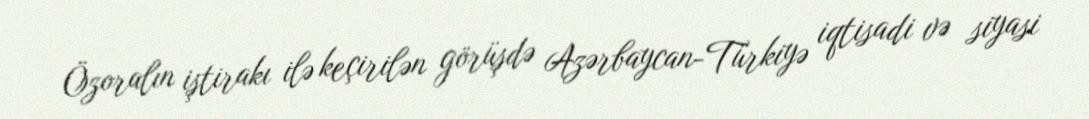
Özoralın iştirakı ilə keçirilən görüşdə Azərbaycan-Türkiyə iqtisadi və siyasi